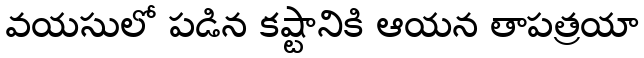
వయసులో పడిన కష్టానికి ఆయన తాపత్రయా